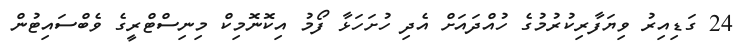
24 ގަޑިއިރު ވިޔަފާރިކުރުމުގެ ހުއްދައަށް އެދި ހުށަހަޅާ ފޯމު އިކޮނޮމިކް މިނިސްޓްރީގެ ވެބްސައިޓުން